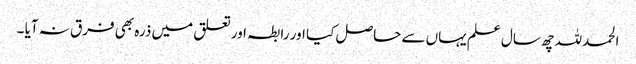
الحمدللہ چھ سال علم یہاں سے حاصل کیا اور رابطہ اور تعلق میں ذرہ بھی فرق نہ آیا ۔